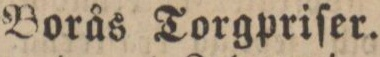
Borås Torgpriſer.